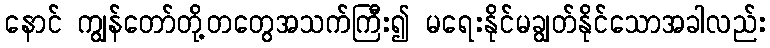
နောင် ကျွန်တော်တို့တတွေအသက်ကြီး၍ မရေးနိုင်မချွတ်နိုင်သောအခါလည်း